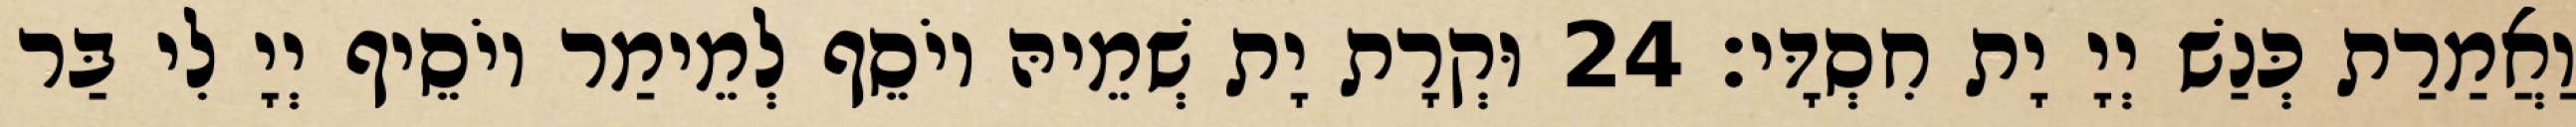
וַאֲמַרַת כְּנַשׁ יְיָ יָת חִסְדָּי׃ 24 וּקְרָת יָת שְׁמֵיהּ יוֹסֵף לְמֵימַר יוֹסֵיף יְיָ לִי בַּר